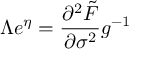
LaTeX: \Lambda e ^ { \eta } = \frac { \partial ^ { 2 } \tilde { F } } { \partial \sigma ^ { 2 } } g ^ { - 1 }